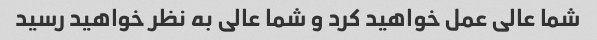
شما عالی عمل خواهید کرد و شما عالی به نظر خواهید رسید